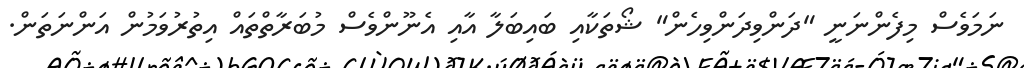
ނަމަވެސް މިފެންނަނީ "ދަންވިދަންވިހެން" ޝޯތަކާއި ބައިބަލާ އާއި އެނޫންވެސް މުބަރާތްތައް އިތުރުވަމުން އަންނަތަން.